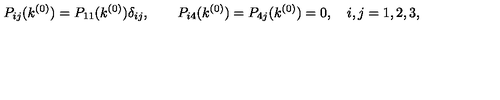
P _ { i j } ( k ^ { ( 0 ) } ) = P _ { 1 1 } ( k ^ { ( 0 ) } ) \delta _ { i j } , \qquad P _ { i 4 } ( k ^ { ( 0 ) } ) = P _ { 4 j } ( k ^ { ( 0 ) } ) = 0 , \quad i , j = 1 , 2 , 3 ,